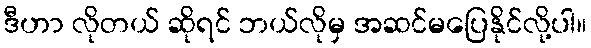
ဒီဟာ လိုတယ် ဆိုရင် ဘယ်လိုမှ အဆင်မပြေနိုင်လို့ပါ။